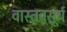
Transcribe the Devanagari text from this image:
वास्तवसूर्य